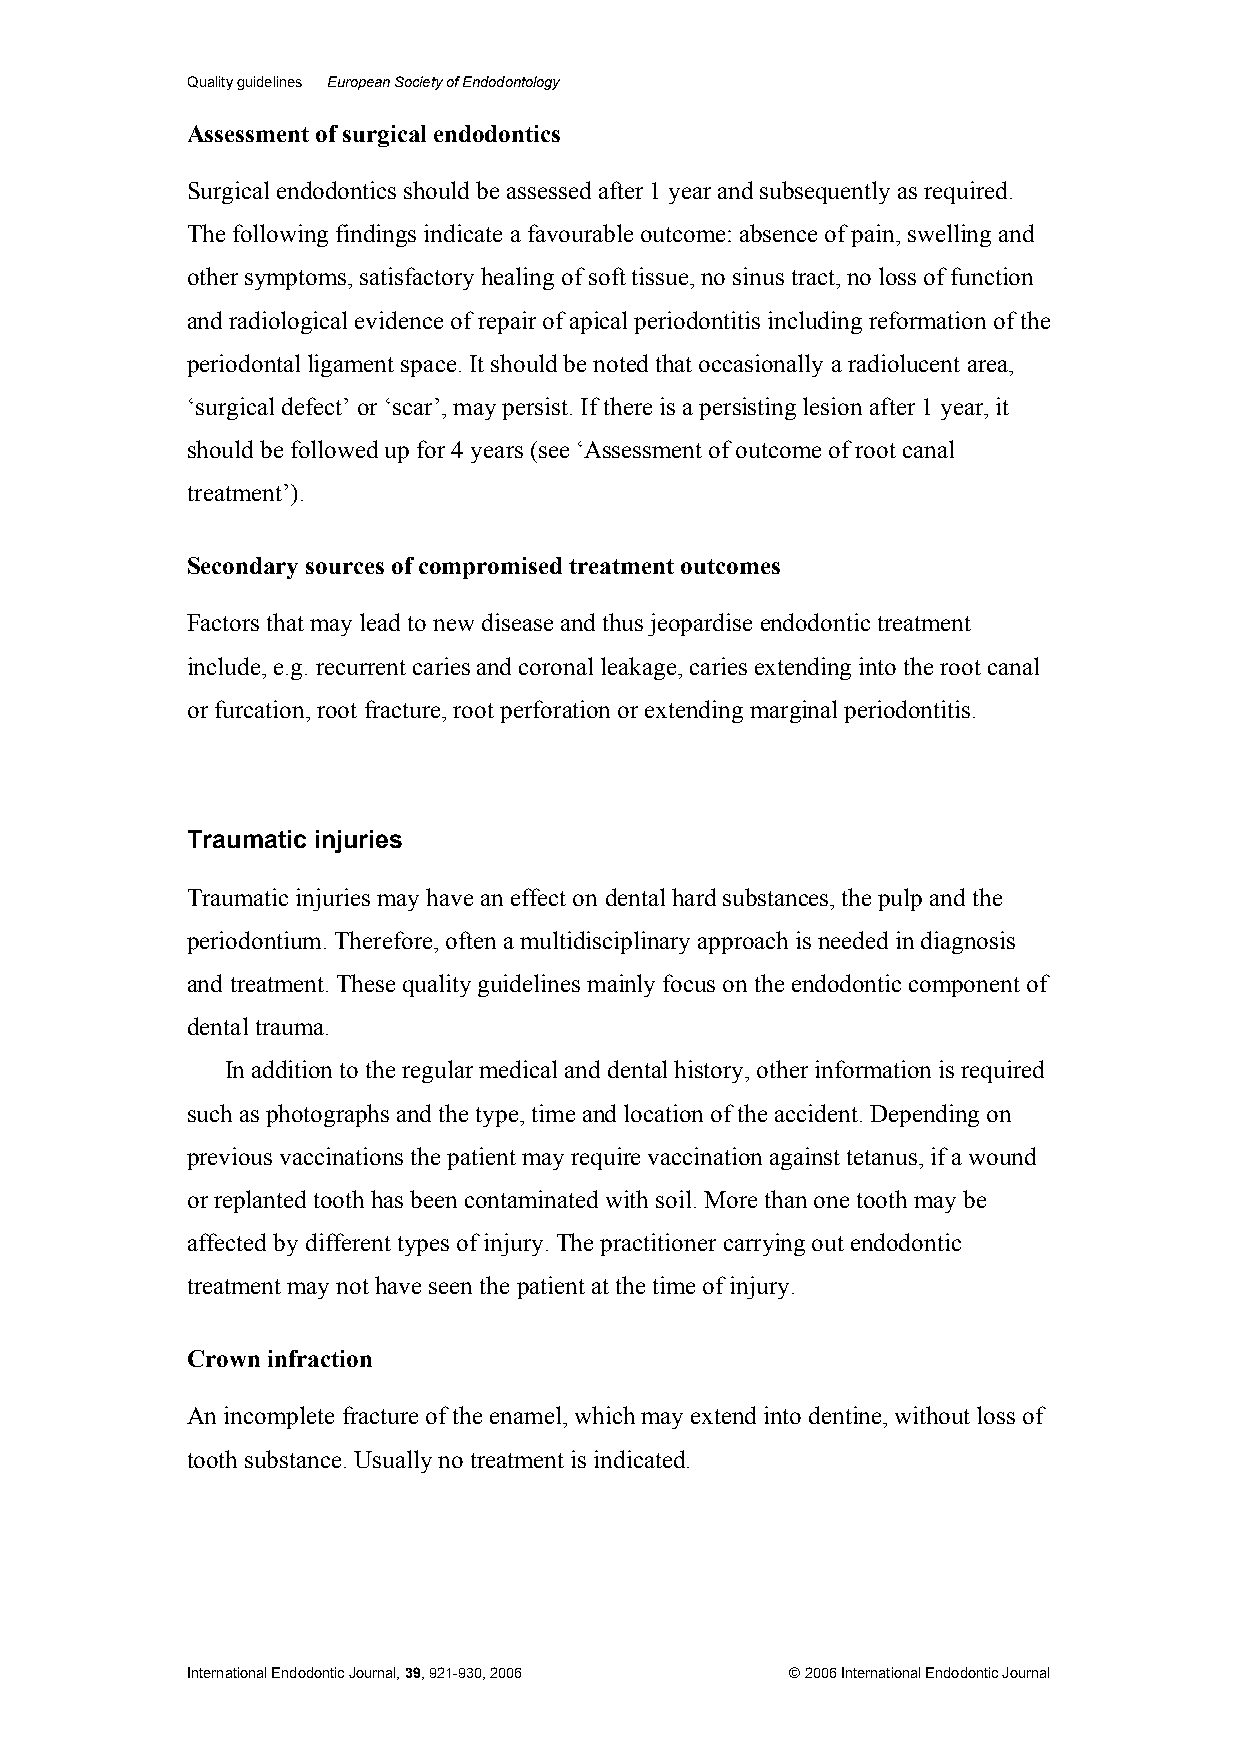
Quality guidelines European Society of Endodontology
 Assessment of surgical endodontics
 Surgical endodontics should be assessed after 1 year and subsequently as required.
 The following findings indicate a favourable outcome: absence of pain, swelling and
 other symptoms, satisfactory healing of soft tissue, no sinus tract, no loss of function
 and radiological evidence of repair of apical periodontitis including reformation of the
 periodontal ligament space. It should be noted that occasionally a radiolucent area,
 ‘surgical defect’ or ‘scar’, may persist. If there is a persisting lesion after 1 year, it
 should be followed up for 4 years (see ‘Assessment of outcome of root canal
 treatment’).
 Secondary sources of compromised treatment outcomes
 Factors that may lead to new disease and thus jeopardise endodontic treatment
 include, e.g. recurrent caries and coronal leakage, caries extending into the root canal
 or furcation, root fracture, root perforation or extending marginal periodontitis.
 Traumatic injuries
 Traumatic injuries may have an effect on dental hard substances, the pulp and the
 periodontium. Therefore, often a multidisciplinary approach is needed in diagnosis
 and treatment. These quality guidelines mainly focus on the endodontic component of
 dental trauma.
 In addition to the regular medical and dental history, other information is required
 such as photographs and the type, time and location of the accident. Depending on
 previous vaccinations the patient may require vaccination against tetanus, if a wound
 or replanted tooth has been contaminated with soil. More than one tooth may be
 affected by different types of injury. The practitioner carrying out endodontic
 treatment may not have seen the patient at the time of injury.
 Crown infraction
 An incomplete fracture of the enamel, which may extend into dentine, without loss of
 tooth substance. Usually no treatment is indicated.
 International Endodontic Journal, 39, 921-930, 2006 © 2006 International Endodontic Journal